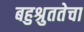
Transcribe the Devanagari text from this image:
बहुश्रुततेचा